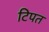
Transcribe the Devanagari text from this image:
टिपत